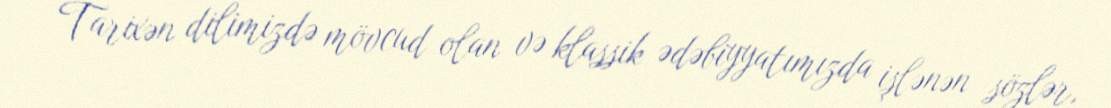
Tarixən dilimizdə mövcud olan və klassik ədəbiyyatımızda işlənən sözlər,